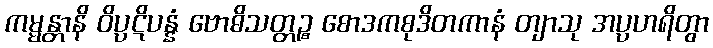
ကမ္မန္တာနိ ဝိပ္ပဋိပန္နံ ဗောဓိသတ္တဉ္စ စောဒကစုဒိတကာနံ တျာသု အပ္ပဟရိတွာ